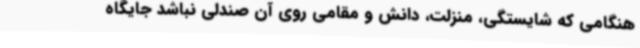
هنگامی‌ که شایستگی، منزلت، دانش و مقامی روی آن صندلی نباشد جایگاه